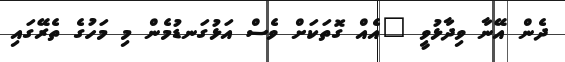
ދެން އޭނާ ވިދާޅުވީ "އެއް ގޮތަކަށް ވެސް އަޅުގަނޑުމެން މި މަހުގެ ތެރޭގައި